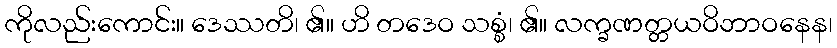
ကိုလည်းကောင်း။ ဒေဿတိ၊ ၏။ ဟိ တဒေဝ သစ္စံ၊ ၏။ လက္ခဏတ္တယဝိဘာဝနေန၊